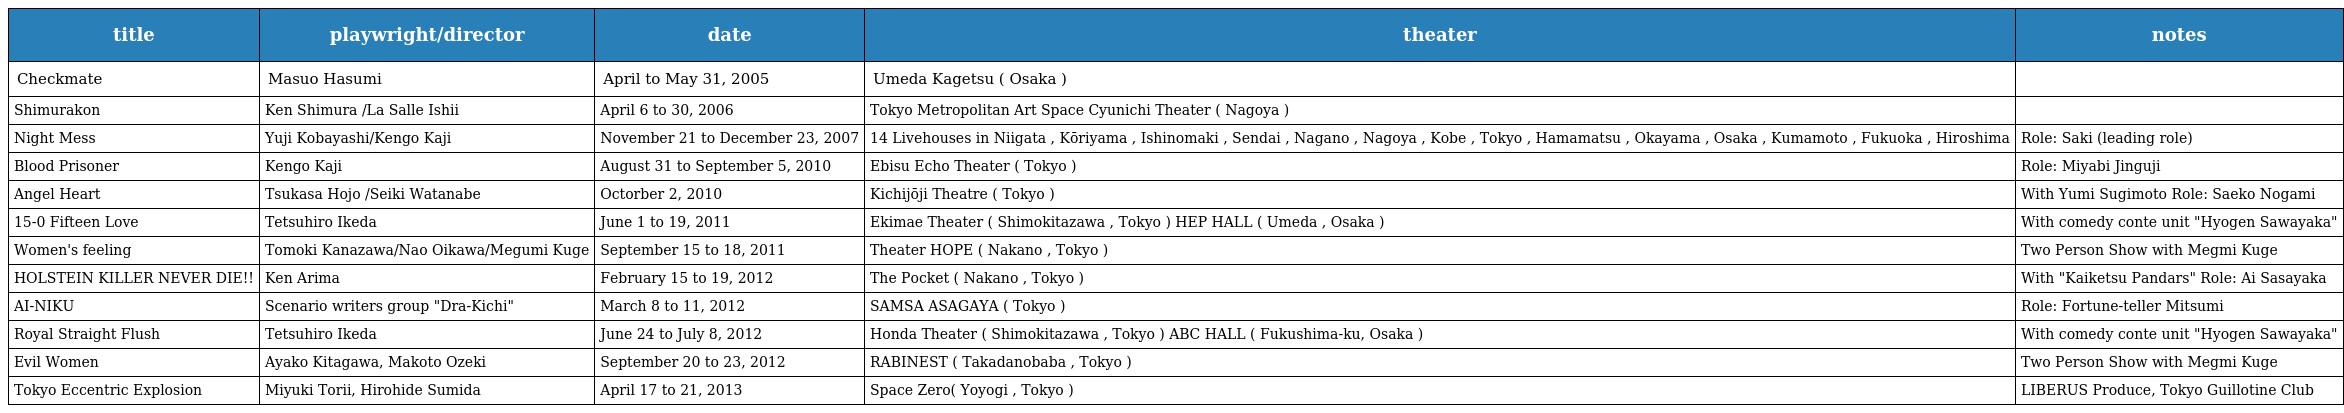
| title | playwright/director | date | theater | notes |
 | --- | --- | --- | --- | --- |
 | Checkmate | Masuo Hasumi | April to May 31, 2005 | Umeda Kagetsu ( Osaka ) |  |
 | Shimurakon | Ken Shimura /La Salle Ishii | April 6 to 30, 2006 | Tokyo Metropolitan Art Space Cyunichi Theater ( Nagoya ) |  |
 | Night Mess | Yuji Kobayashi/Kengo Kaji | November 21 to December 23, 2007 | 14 Livehouses in Niigata , Kōriyama , Ishinomaki , Sendai , Nagano , Nagoya , Kobe , Tokyo , Hamamatsu , Okayama , Osaka , Kumamoto , Fukuoka , Hiroshima | Role: Saki (leading role) |
 | Blood Prisoner | Kengo Kaji | August 31 to September 5, 2010 | Ebisu Echo Theater ( Tokyo ) | Role: Miyabi Jinguji |
 | Angel Heart | Tsukasa Hojo /Seiki Watanabe | Octorber 2, 2010 | Kichijōji Theatre ( Tokyo ) | With Yumi Sugimoto Role: Saeko Nogami |
 | 15-0 Fifteen Love | Tetsuhiro Ikeda | June 1 to 19, 2011 | Ekimae Theater ( Shimokitazawa , Tokyo ) HEP HALL ( Umeda , Osaka ) | With comedy conte unit "Hyogen Sawayaka" |
 | Women's feeling | Tomoki Kanazawa/Nao Oikawa/Megumi Kuge | September 15 to 18, 2011 | Theater HOPE ( Nakano , Tokyo ) | Two Person Show with Megmi Kuge |
 | HOLSTEIN KILLER NEVER DIE!! | Ken Arima | February 15 to 19, 2012 | The Pocket ( Nakano , Tokyo ) | With "Kaiketsu Pandars" Role: Ai Sasayaka |
 | AI-NIKU | Scenario writers group "Dra-Kichi" | March 8 to 11, 2012 | SAMSA ASAGAYA ( Tokyo ) | Role: Fortune-teller Mitsumi |
 | Royal Straight Flush | Tetsuhiro Ikeda | June 24 to July 8, 2012 | Honda Theater ( Shimokitazawa , Tokyo ) ABC HALL ( Fukushima-ku, Osaka ) | With comedy conte unit "Hyogen Sawayaka" |
 | Evil Women | Ayako Kitagawa, Makoto Ozeki | September 20 to 23, 2012 | RABINEST ( Takadanobaba , Tokyo ) | Two Person Show with Megmi Kuge |
 | Tokyo Eccentric Explosion | Miyuki Torii, Hirohide Sumida | April 17 to 21, 2013 | Space Zero( Yoyogi , Tokyo ) | LIBERUS Produce, Tokyo Guillotine Club |